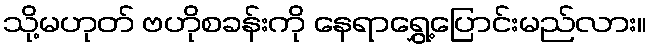
သို့မဟုတ် ဗဟိုစခန်းကို နေရာရွှေ့ပြောင်းမည်လား။